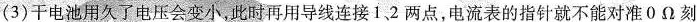
(3)干电池用久了电压会变小，此时再用导线连接1、2两点，电流表的指针就不能对准0Ω刻